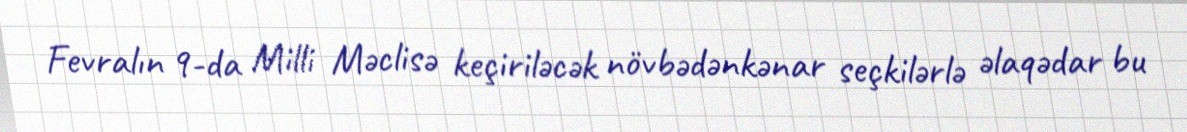
Fevralın 9-da Milli Məclisə keçiriləcək növbədənkənar seçkilərlə əlaqədar bu